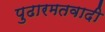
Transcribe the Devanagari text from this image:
पुढारमतवादी